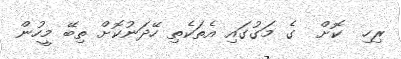
ރިހި  ކޮށް  ގެ މަގުގައި އެތަކެތި ހޭދަނުކޮށް ތިބޭ މީހުން